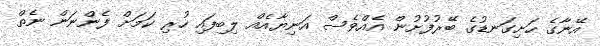
އޭނާގެ ހަށިގަނޑުގެ ބޭރުފުށުން އެއްވެސް އަނިޔާއެއް ލިބިފައި ހުރި ކަމަށް ފެންނަން ނެތް